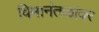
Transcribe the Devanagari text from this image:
विमानंतळांवर